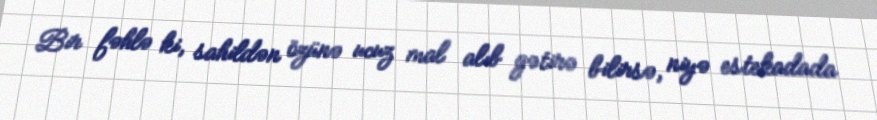
Bir fəhlə ki, sahildən özünə ucuz mal alıb gətirə bilirsə, niyə estekadada